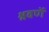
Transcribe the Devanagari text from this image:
श्रवणें